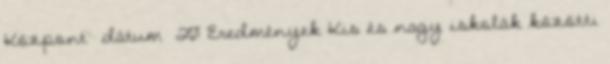
Központ dátum 20 Eredmények Kis és nagy iskolák közötti